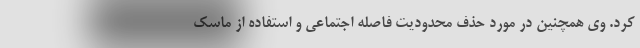
کرد. وی همچنین در مورد حذف محدودیت فاصله اجتماعی و استفاده از ماسک